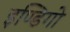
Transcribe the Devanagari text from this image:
इण्डिगो